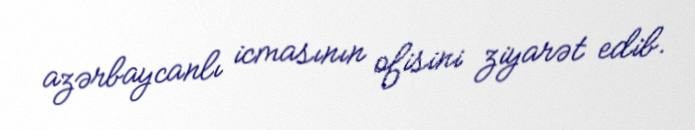
azərbaycanlı icmasının ofisini ziyarət edib.